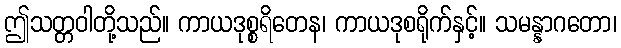
ဤသတ္တဝါတို့သည်။ ကာယဒုစ္စရိတေန၊ ကာယဒုစရိုက်နှင့်။ သမန္နာဂတော၊